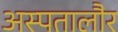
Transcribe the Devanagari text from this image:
अस्पतालौर